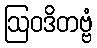
ဩဝဒိတဗ္ဗံ